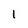
Character: 1